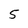
Character: 5